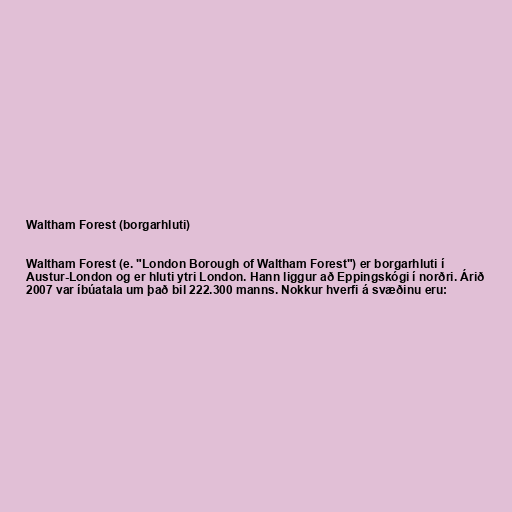
Waltham Forest (borgarhluti)

Waltham Forest (e. "London Borough of Waltham Forest") er borgarhluti í
Austur-London og er hluti ytri London. Hann liggur að Eppingskógi í norðri. Árið
2007 var íbúatala um það bil 222.300 manns. Nokkur hverfi á svæðinu eru: